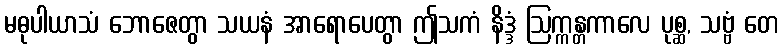
မဓုပါယာသံ ဘောဇေတွာ သယနံ အာရောပေတွာ ဤသကံ နိဒ္ဒံ ဩက္ကန္တကာလေ ပုစ္ဆ, သဗ္ဗံ တေ